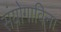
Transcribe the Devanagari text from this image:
संयोगाविना